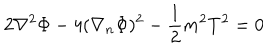
2 \nabla ^ { 2 } \Phi - 4 ( \nabla _ { n } \Phi ) ^ { 2 } - \frac { 1 } { 2 } m ^ { 2 } T ^ { 2 } = 0